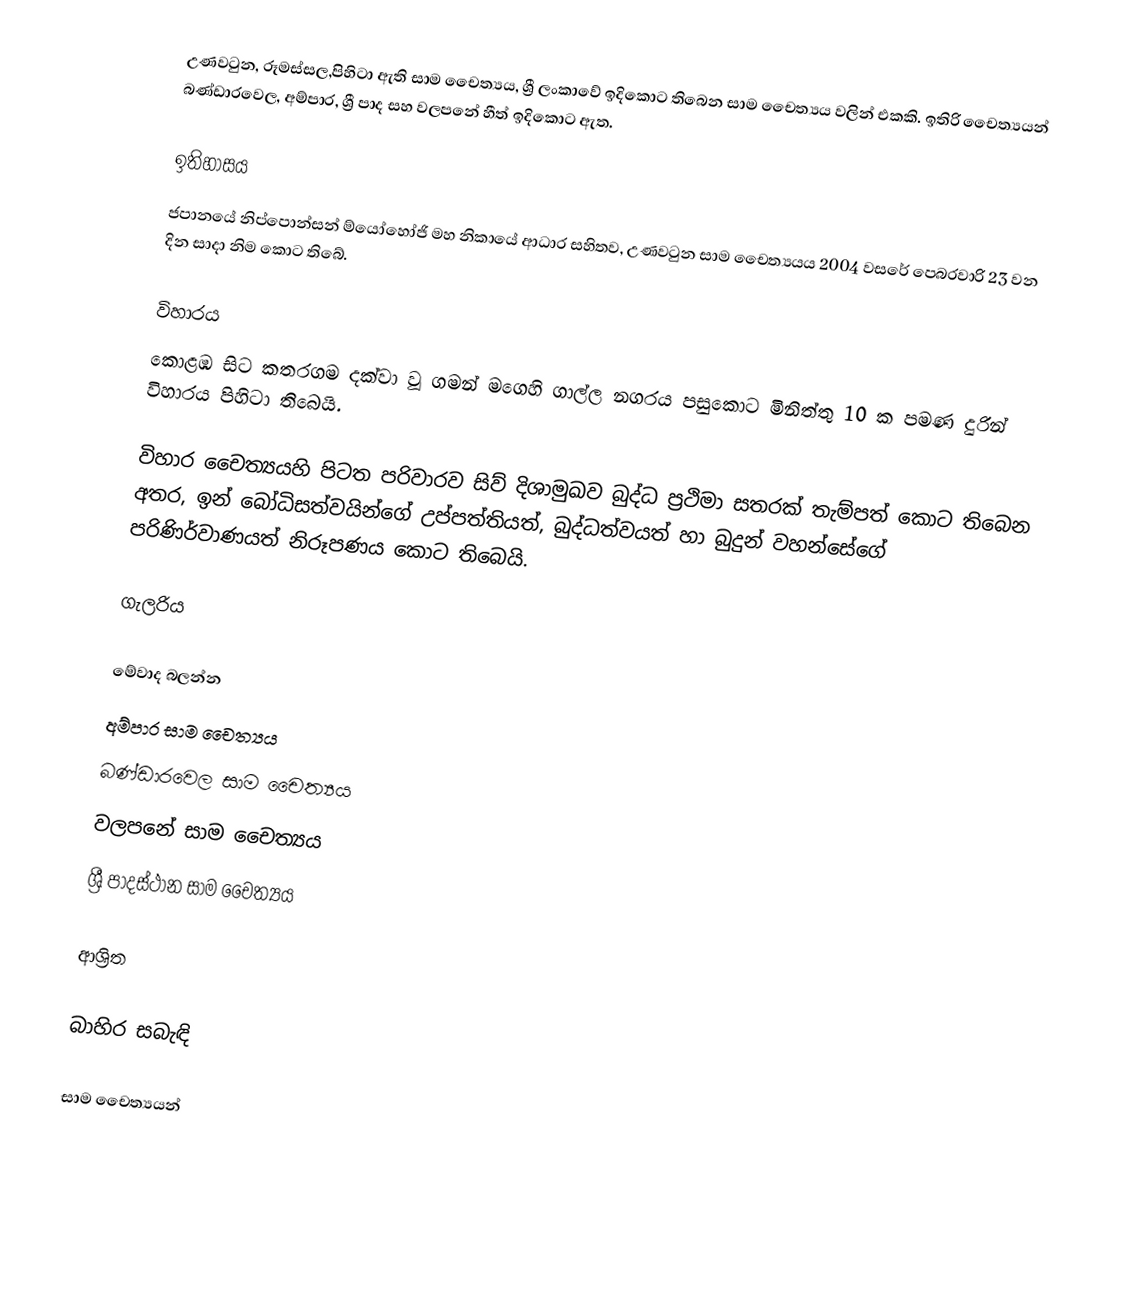
උණවටුන, රූමස්සල,පිහිටා ඇති  සාම චෛත්‍යය, ශ්‍රී ලංකාවේ ඉදිකොට තිබෙන  සාම චෛත්‍යය වලින් එකකි. ඉතිරි චෛත්‍යයන් බණ්ඩාරවෙල, අම්පාර, ශ්‍රී පාද සහ වලපනේ හීත් ඉදිකොට ඇත.

ඉතිහාසය
ජපානයේ නිප්පොන්සන් ම්යෝහෝජි මහ නිකායේ ආධාර සහිතව, උණවටුන සාම චෛත්‍යයය 2004 වසරේ පෙබරවාරි 23 වන දින සාදා නිම කොට තිබේ.

විහාරය
කොළඹ සිට කතරගම දක්වා වූ ගමන් මගෙහි ගාල්ල නගරය පසුකොට මිනිත්තු 10 ක පමණ දුරින් විහාරය පිහිටා තිබෙයි.

විහාර චෛත්‍යයහි පිටත පරිවාරව සිව් දිශාමුඛව බුද්ධ ප්‍රථිමා සතරක් තැම්පත් කොට තිබෙන අතර, ඉන් බෝධිසත්වයින්ගේ උප්පත්තියත්, බුද්ධත්වයත් හා බුදුන් වහන්සේගේ පරිණිර්වාණයත් නිරූපණය කොට තිබෙයි.

ගැලරිය

මේවාද බලන්න
අම්පාර සාම චෛත්‍යය
බණ්ඩාරවෙල සාම චෛත්‍යය
වලපනේ සාම චෛත්‍යය
ශ්‍රී පාදස්ථාන සාම චෛත්‍යය

ආශ්‍රිත

බාහිර සබැඳි

සාම චෛත්‍යයන්